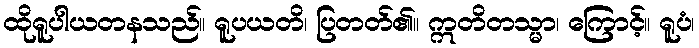
ထိုရူပါယတနသည်။ ရူပယတိ၊ ပြတတ်၏။ ဣတိတသ္မာ၊ ကြောင့်။ ရူပံ၊